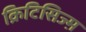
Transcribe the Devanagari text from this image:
क्रिटिसिज्म़